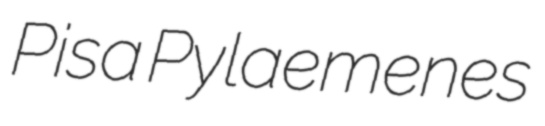
Pisa Pylaemenes